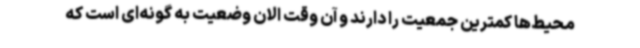
محیط‌ها کمترین جمعیت را دارند و آن وقت الان وضعیت به گونه‌ای است که